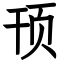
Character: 顸